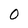
Character: 0